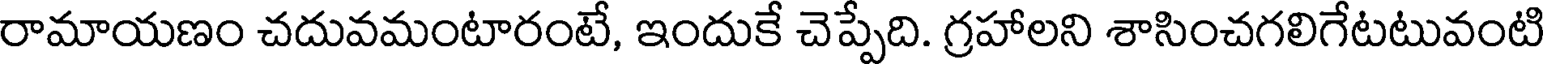
రామాయణం చదువమంటారంటే, ఇందుకే చెప్పేది. గ్రహాలని శాసించగలిగేటటువంటి